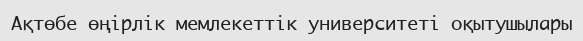
Ақтөбе өңірлік мемлекеттік университеті оқытушылары